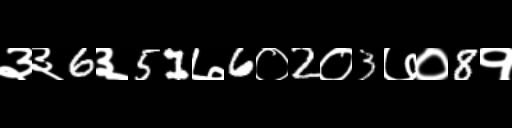
Text: ३३6३51७6०2०3७०8१